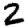
Digit: 2